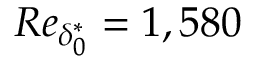
R e _ { \delta _ { 0 } ^ { * } } = 1 , 5 8 0